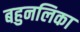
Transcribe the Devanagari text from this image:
बहुनलिका